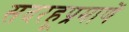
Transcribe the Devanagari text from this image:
सदरहूप्रमाणें